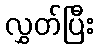
လွှတ်ပြီး